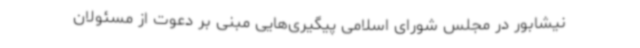
نیشابور در مجلس شورای اسلامی پیگیری‌هایی مبنی بر دعوت از مسئولان